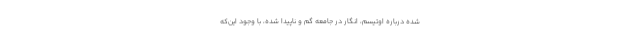
شده درباره اوتیسم، انگار در جامعه گم و ناپیدا شده، با وجود این‌که